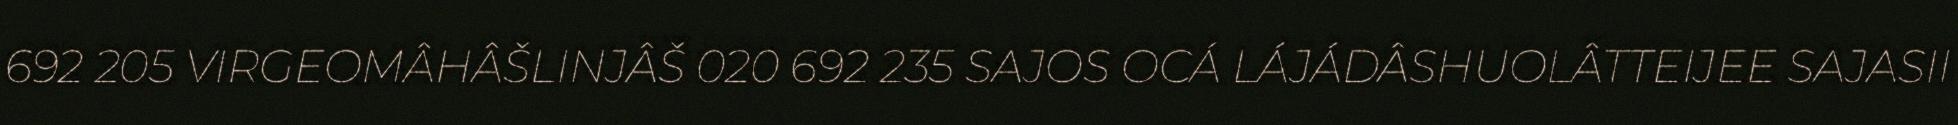
692 205 VIRGEOMÂHÂŠLINJÂŠ 020 692 235 SAJOS OCÁ LÁJÁDÂSHUOLÂTTEIJEE SAJASII